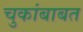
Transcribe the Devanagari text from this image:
चुकांबाबत